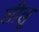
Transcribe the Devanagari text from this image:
लीलू